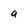
Character: a